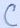
Text: C